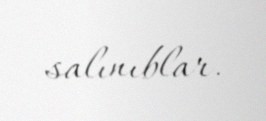
salınıblar.